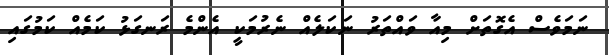
ނަމަވެސް އެގޮތަށް މިއާ ވައްތަރު ނަކަލެއް ނެރުމަކީ އެންމެ ރަނގަޅު ކަމެއް ކަމުގައި